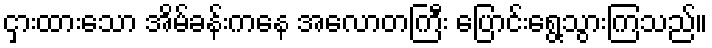
ငှားထားသော အိမ်ခန်းကနေ အလောတကြီး ပြောင်းရွေ့သွားကြသည်။